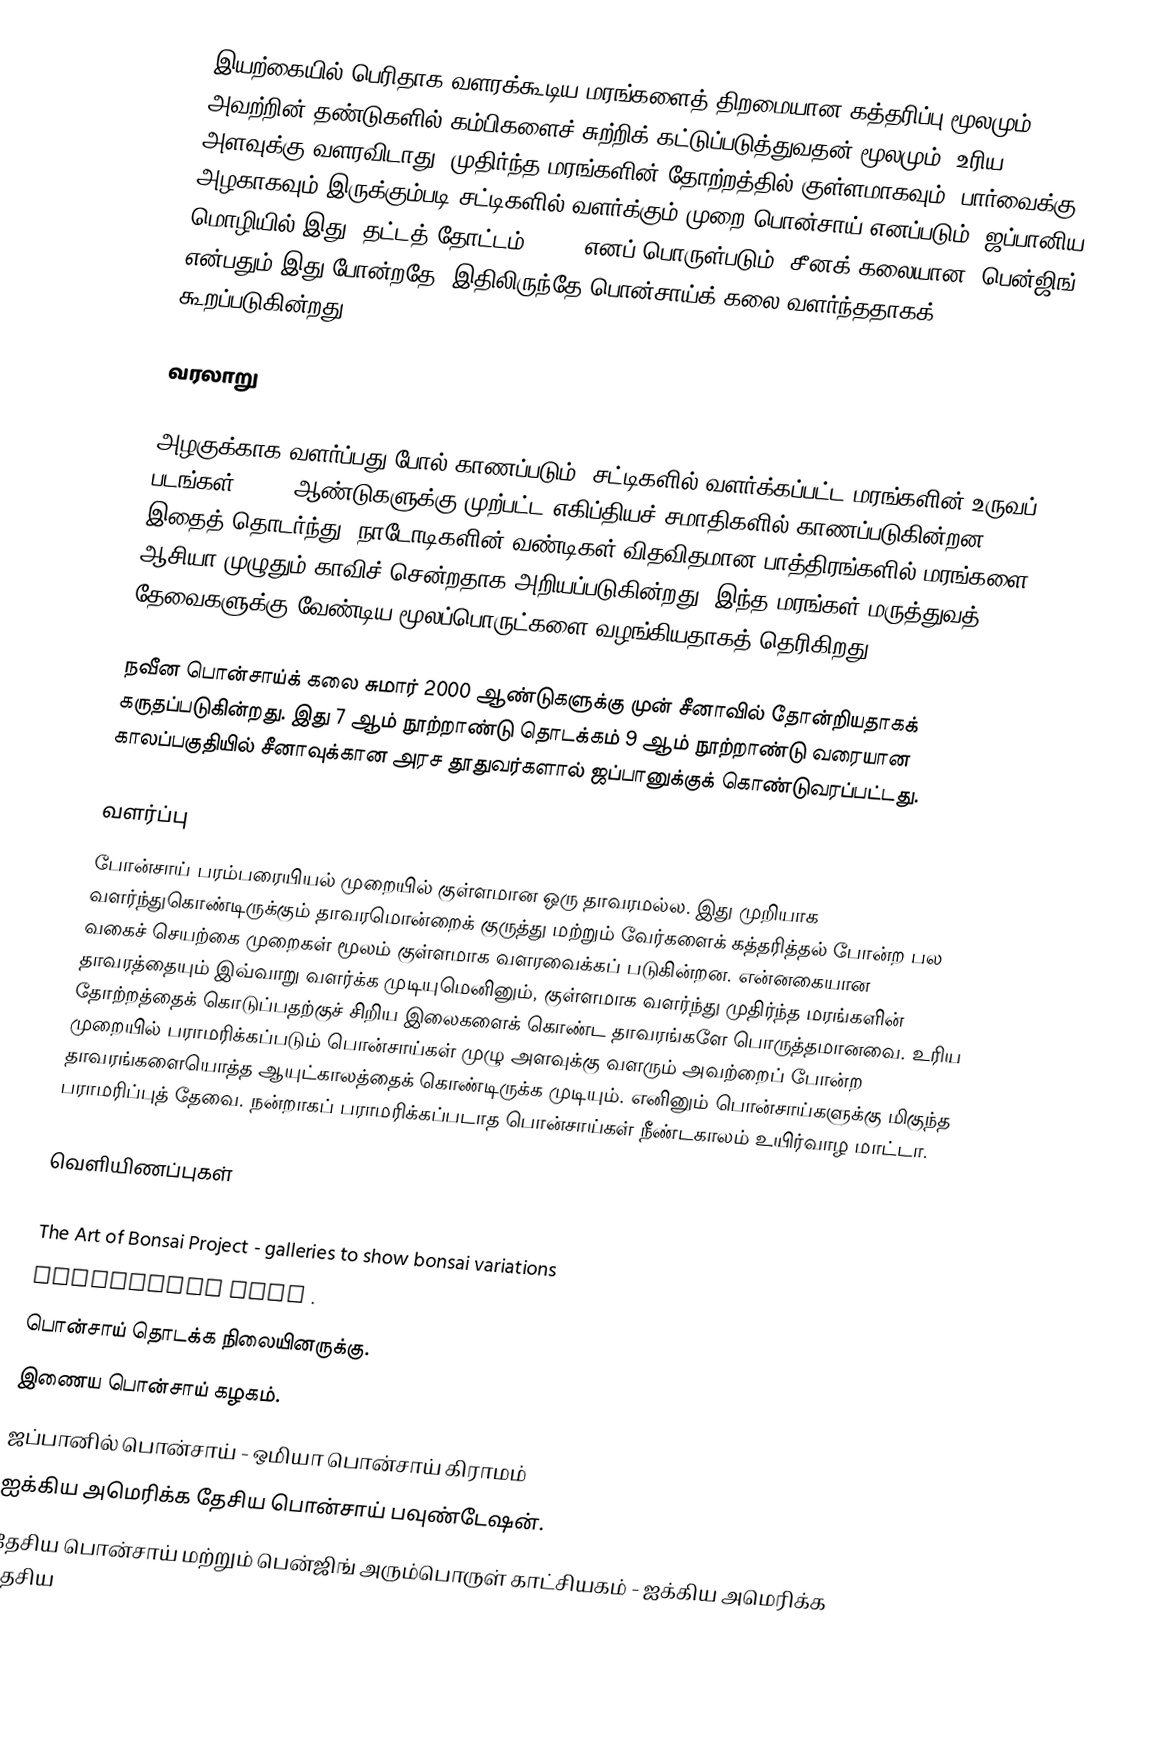
இயற்கையில் பெரிதாக வளரக்கூடிய மரங்களைத் திறமையான கத்தரிப்பு மூலமும், அவற்றின் தண்டுகளில் கம்பிகளைச் சுற்றிக் கட்டுப்படுத்துவதன் மூலமும், உரிய அளவுக்கு வளரவிடாது, முதிர்ந்த மரங்களின் தோற்றத்தில் குள்ளமாகவும், பார்வைக்கு அழகாகவும் இருக்கும்படி சட்டிகளில் வளர்க்கும் முறை பொன்சாய் எனப்படும். ஜப்பானிய மொழியில் இது "தட்டத் தோட்டம்" (盆栽) எனப் பொருள்படும். சீனக் கலையான "பென்ஜிங்" என்பதும் இது போன்றதே. இதிலிருந்தே பொன்சாய்க் கலை வளர்ந்ததாகக் கூறப்படுகின்றது.

வரலாறு

அழகுக்காக வளர்ப்பது போல் காணப்படும், சட்டிகளில் வளர்க்கப்பட்ட மரங்களின் உருவப் படங்கள், 4000 ஆண்டுகளுக்கு முற்பட்ட எகிப்தியச் சமாதிகளில் காணப்படுகின்றன. இதைத் தொடர்ந்து, நாடோடிகளின் வண்டிகள் விதவிதமான பாத்திரங்களில் மரங்களை ஆசியா முழுதும் காவிச் சென்றதாக அறியப்படுகின்றது. இந்த மரங்கள் மருத்துவத் தேவைகளுக்கு வேண்டிய மூலப்பொருட்களை வழங்கியதாகத் தெரிகிறது.

நவீன பொன்சாய்க் கலை சுமார் 2000 ஆண்டுகளுக்கு முன் சீனாவில் தோன்றியதாகக் கருதப்படுகின்றது. இது 7 ஆம் நூற்றாண்டு தொடக்கம் 9 ஆம் நூற்றாண்டு வரையான காலப்பகுதியில் சீனாவுக்கான அரச தூதுவர்களால் ஜப்பானுக்குக் கொண்டுவரப்பட்டது.

வளர்ப்பு
 போன்சாய் பரம்பரையியல் முறையில் குள்ளமான ஒரு தாவரமல்ல. இது முறியாக வளர்ந்துகொண்டிருக்கும் தாவரமொன்றைக் குருத்து மற்றும் வேர்களைக் கத்தரித்தல் போன்ற பல வகைச் செயற்கை முறைகள் மூலம் குள்ளமாக வளரவைக்கப் படுகின்றன. என்னகையான தாவரத்தையும் இவ்வாறு வளர்க்க முடியுமெனினும், குள்ளமாக வளர்ந்து முதிர்ந்த மரங்களின் தோற்றத்தைக் கொடுப்பதற்குச் சிறிய இலைகளைக் கொண்ட தாவரங்களே பொருத்தமானவை. உரிய முறையில் பராமரிக்கப்படும் பொன்சாய்கள் முழு அளவுக்கு வளரும் அவற்றைப் போன்ற தாவரங்களையொத்த ஆயுட்காலத்தைக் கொண்டிருக்க முடியும். எனினும் பொன்சாய்களுக்கு மிகுந்த பராமரிப்புத் தேவை. நன்றாகப் பராமரிக்கப்படாத பொன்சாய்கள் நீண்டகாலம் உயிர்வாழ மாட்டா.

வெளியிணப்புகள்

 The Art of Bonsai Project  - galleries to show bonsai variations
 bonsaiTALK Wiki .
 பொன்சாய் தொடக்க நிலையினருக்கு.
 இணைய பொன்சாய் கழகம்.
 ஜப்பானில் பொன்சாய் - ஒமியா பொன்சாய் கிராமம்
 ஐக்கிய அமெரிக்க தேசிய பொன்சாய் பவுண்டேஷன்.
 தேசிய பொன்சாய் மற்றும் பென்ஜிங் அரும்பொருள் காட்சியகம் - ஐக்கிய அமெரிக்க தேசிய